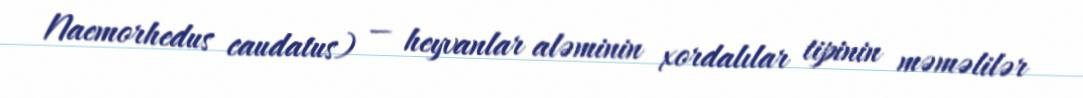
Naemorhedus caudatus) — heyvanlar aləminin xordalılar tipinin məməlilər